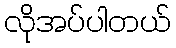
လိုအပ်ပါတယ်